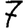
Digit: 7